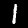
Digit: 1